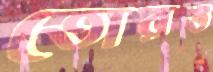
তোরঙ